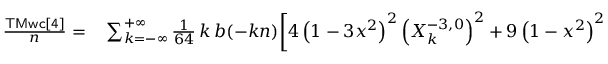
\begin{array} { r l } { \frac { \sf T M w c [ 4 ] } { n } = } & { { } \sum _ { k = - \infty } ^ { + \infty } \frac { 1 } { 6 4 } \, k \, b ( - k n ) \bigg [ 4 \left( 1 - 3 x ^ { 2 } \right) ^ { 2 } \left( X _ { k } ^ { - 3 , 0 } \right) ^ { 2 } + 9 \left( 1 - x ^ { 2 } \right) ^ { 2 } \left( \left( X _ { k } ^ { - 3 , - 2 } \right) ^ { 2 } + \left( X _ { k } ^ { - 3 , 2 } \right) ^ { 2 } \right) \bigg ] } \end{array}